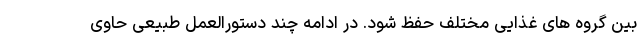
بین گروه های غذایی مختلف حفظ شود. در ادامه چند دستورالعمل طبیعی حاوی